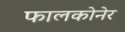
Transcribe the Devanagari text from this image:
फालकोनेर